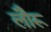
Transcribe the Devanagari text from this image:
लौरू